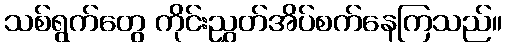
သစ်ရွက်တွေ ကိုင်းညွှတ်အိပ်စက်နေကြသည်။